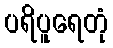
ပရိပူရေတုံ